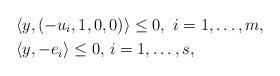
LaTeX: \begin{align*}&\langle y,(-u_i,1,0,0)\rangle\leq0,\ i=1,\ldots,m, \\ &\langle y,-e_i \rangle\leq 0,\, i=1,\ldots,s,\end{align*}